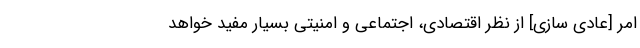
امر [عادی سازی] از نظر اقتصادی، اجتماعی و امنیتی بسیار مفید خواهد